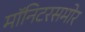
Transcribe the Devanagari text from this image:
मॉनिटरसमोर